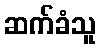
ဆက်ခံသူ